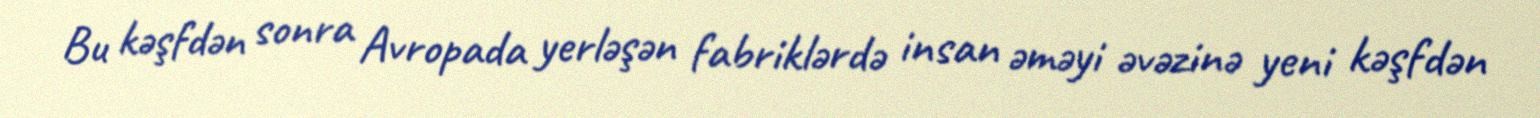
Bu kəşfdən sonra Avropada yerləşən fabriklərdə insan əməyi əvəzinə yeni kəşfdən